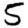
Digit: 5